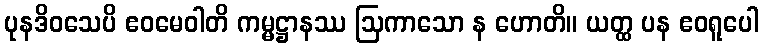
ပုနဒိဝသေပိ ဧဝမေဝါတိ ကမ္မဋ္ဌာနဿ ဩကာသော န ဟောတိ။ ယတ္ထ ပန ဧဝရူပေါ